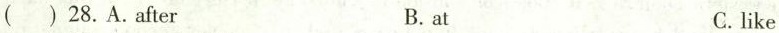
28.A.After B. at C. like